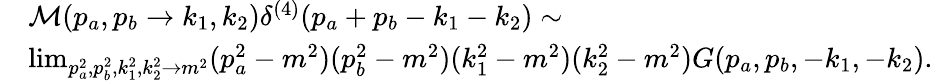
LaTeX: \begin{array}{rl}&{\mathcal{M}(p_{a},p_{b}\to k_{1},k_{2})\delta^{(4)}(p_{a}+p_{b}-k_{1}-k_{2})\sim}\\ &{\operatorname*{lim}_{p_{a}^{2},p_{b}^{2},k_{1}^{2},k_{2}^{2}\to m^{2}}(p_{a}^{2}-m^{2})(p_{b}^{2}-m^{2})(k_{1}^{2}-m^{2})(k_{2}^{2}-m^{2})G(p_{a},p_{b},-k_{1},-k_{2}).}\end{array}